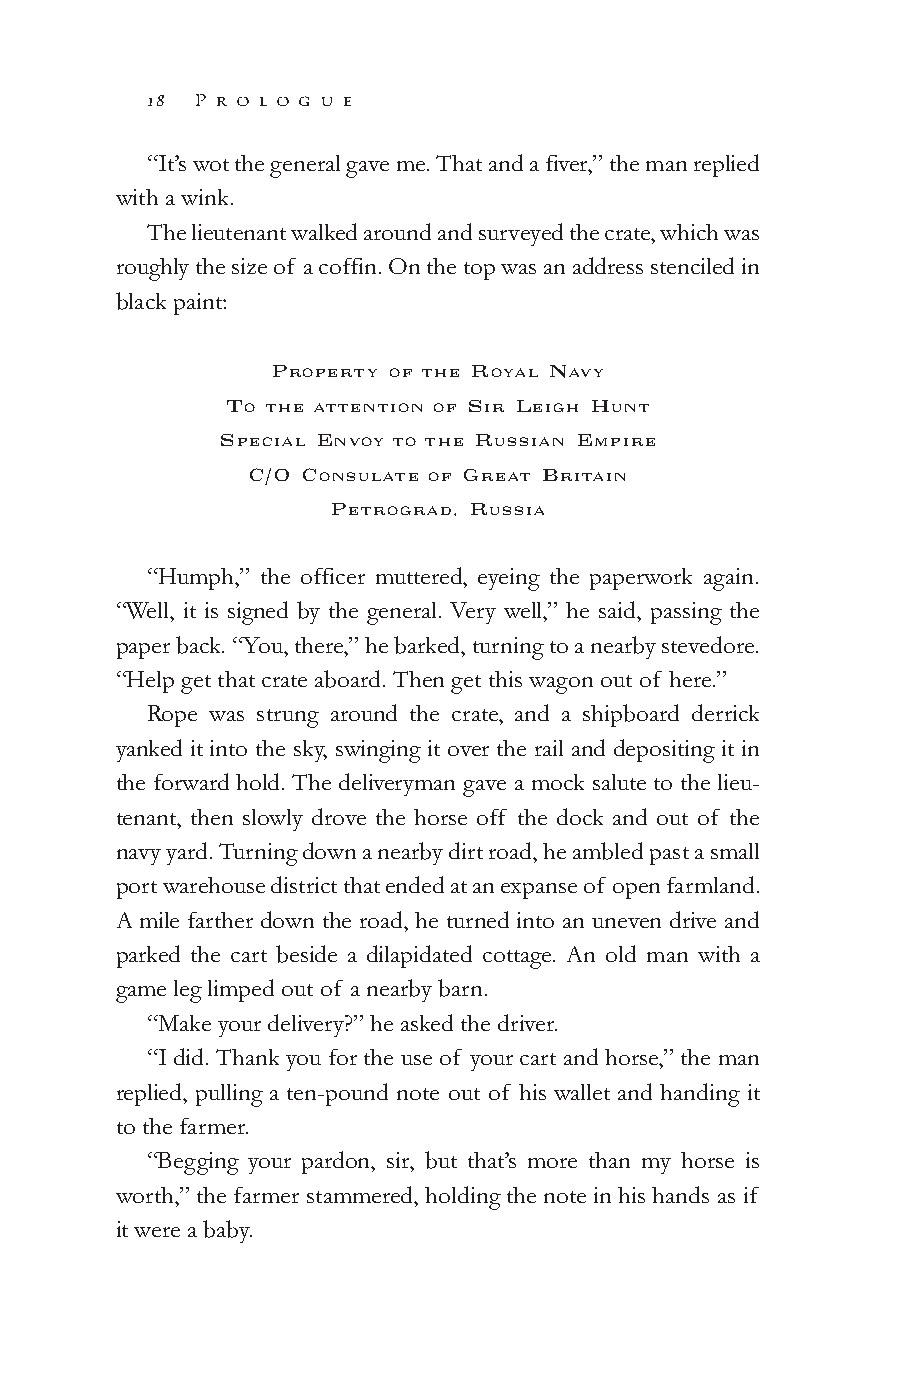
18 P r o l o g u e
 “It’s wot the general gave me. That and a fiver,” the man replied
 with a wink.
 The lieutenant walked around and surveyed the crate, which was
 roughly the size of a coffin. On the top was an address stenciled in
 black paint:
 PROPERTY OF THE ROYAL NAVY
 TO THE ATTENTION OF SIR LEIGH HUNT
 SPECIAL ENVOY TO THE RUSSIAN EMPIRE
 C/O CONSULATE OF GREAT BRITAIN
 PETROGRAD, RUSSIA
 “Humph,” the officer muttered, eyeing the paperwork again.
 “Well, it is signed by the general. Very well,” he said, passing the
 paper back. “You, there,” he barked, turning to a nearby stevedore.
 “Help get that crate aboard. Then get this wagon out of here.”
 Rope was strung around the crate, and a shipboard derrick
 yanked it into the sky, swinging it over the rail and depositing it in
 the forward hold. The deliveryman gave a mock salute to the lieu-
 tenant, then slowly drove the horse off the dock and out of the
 navy yard. Turning down a nearby dirt road, he ambled past a small
 port warehouse district that ended at an expanse of open farmland.
 A mile farther down the road, he turned into an uneven drive and
 parked the cart beside a dilapidated cottage. An old man with a
 game leg limped out of a nearby barn.
 “Make your delivery?” he asked the driver.
 “I did. Thank you for the use of your cart and horse,” the man
 replied, pulling a ten-pound note out of his wallet and handing it
 to the farmer.
 “Begging your pardon, sir, but that’s more than my horse is
 worth,” the farmer stammered, holding the note in his hands as if
 it were a baby.
 000011--555500__PPGGII__CCrreesscceenntt DDaawwnn..iinndddd 1188 99//33//1100 1100::2299 AAMM